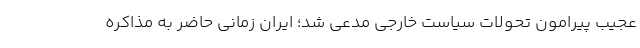
عجیب پیرامون تحولات سیاست خارجی مدعی شد؛ ایران زمانی حاضر به مذاکره